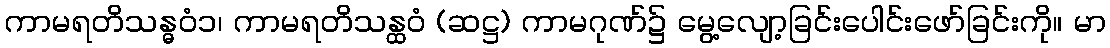
ကာမရတိသန္ဓဝံ၁၊ ကာမရတိသန္ထဝံ (ဆဋ္ဌ) ကာမဂုဏ်၌ မွေ့လျော့ခြင်းပေါင်းဖော်ခြင်းကို။ မာ